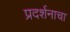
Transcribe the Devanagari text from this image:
प्रदर्शनाचा